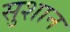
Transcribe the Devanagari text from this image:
सुशान